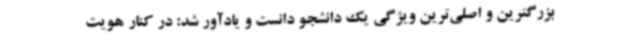
بزرگترین و اصلی‌ترین ویژگی یک دانشجو دانست و یادآور شد: در کنار هویت